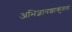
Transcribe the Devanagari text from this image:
अभिज्ञानशाकुंतल